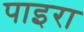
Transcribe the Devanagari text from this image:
पाइरा